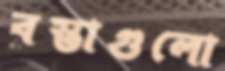
বস্তাগুলো